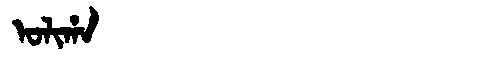
Manchu: ᠣᠯᡳᡥᠠ
Romanization: OLIHA